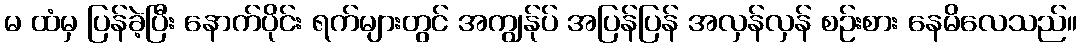
မ ထံမှ ပြန်ခဲ့ပြီး နောက်ပိုင်း ရက်များတွင် အကျွန်ုပ် အပြန်ပြန် အလှန်လှန် စဉ်းစား နေမိလေသည်။